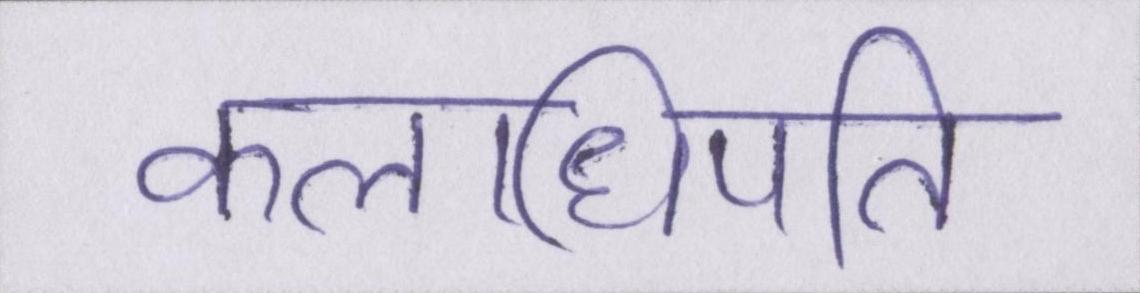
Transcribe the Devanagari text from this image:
कलाधिपति